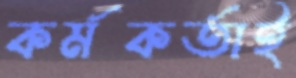
কর্মকর্তাই